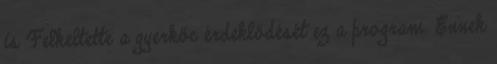
is Felkeltette a gyerkőc érdeklődését ez a program. Ennek